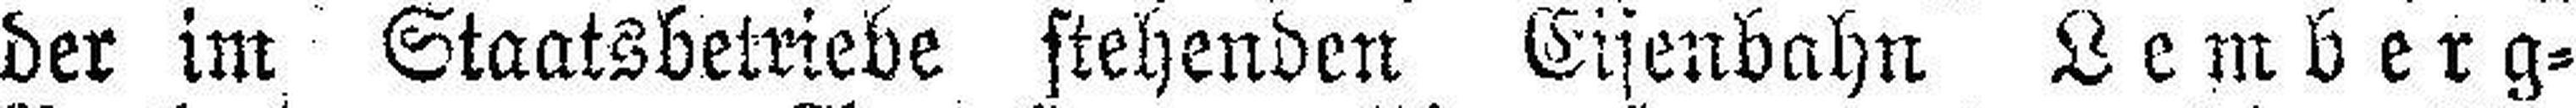
der im Staatsbetriebe stehenden Eisenbahn Lemberg=